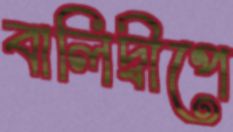
বালিদ্বীপে